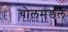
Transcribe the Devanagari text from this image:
चोलमंडल